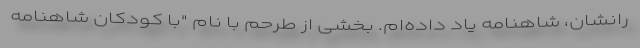
رانشان، شاهنامه یاد داده‌ام. بخشی از طرحم با نام "با کودکان شاهنامه